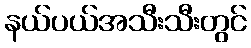
နယ်ပယ်အသီးသီးတွင်